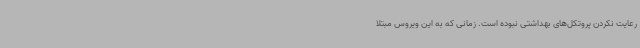
رعایت نکردن پروتکل‌های بهداشتی نبوده است.‌ زمانی که به این ویروس مبتلا